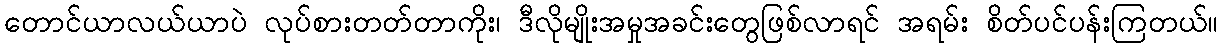
တောင်ယာလယ်ယာပဲ လုပ်စားတတ်တာကိုး၊ ဒီလိုမျိုးအမှုအခင်းတွေဖြစ်လာရင် အရမ်း စိတ်ပင်ပန်းကြတယ်။